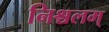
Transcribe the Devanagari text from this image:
निश्चलम्